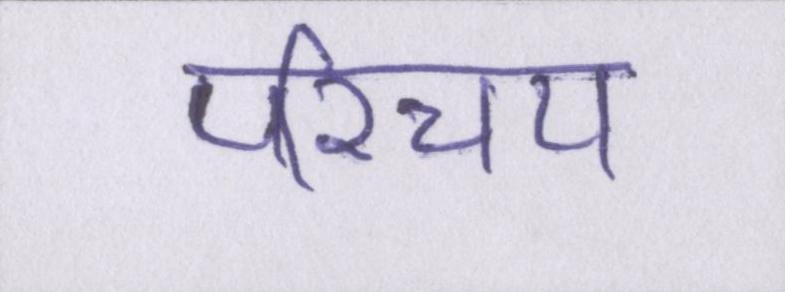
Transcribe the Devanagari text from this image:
परिचय